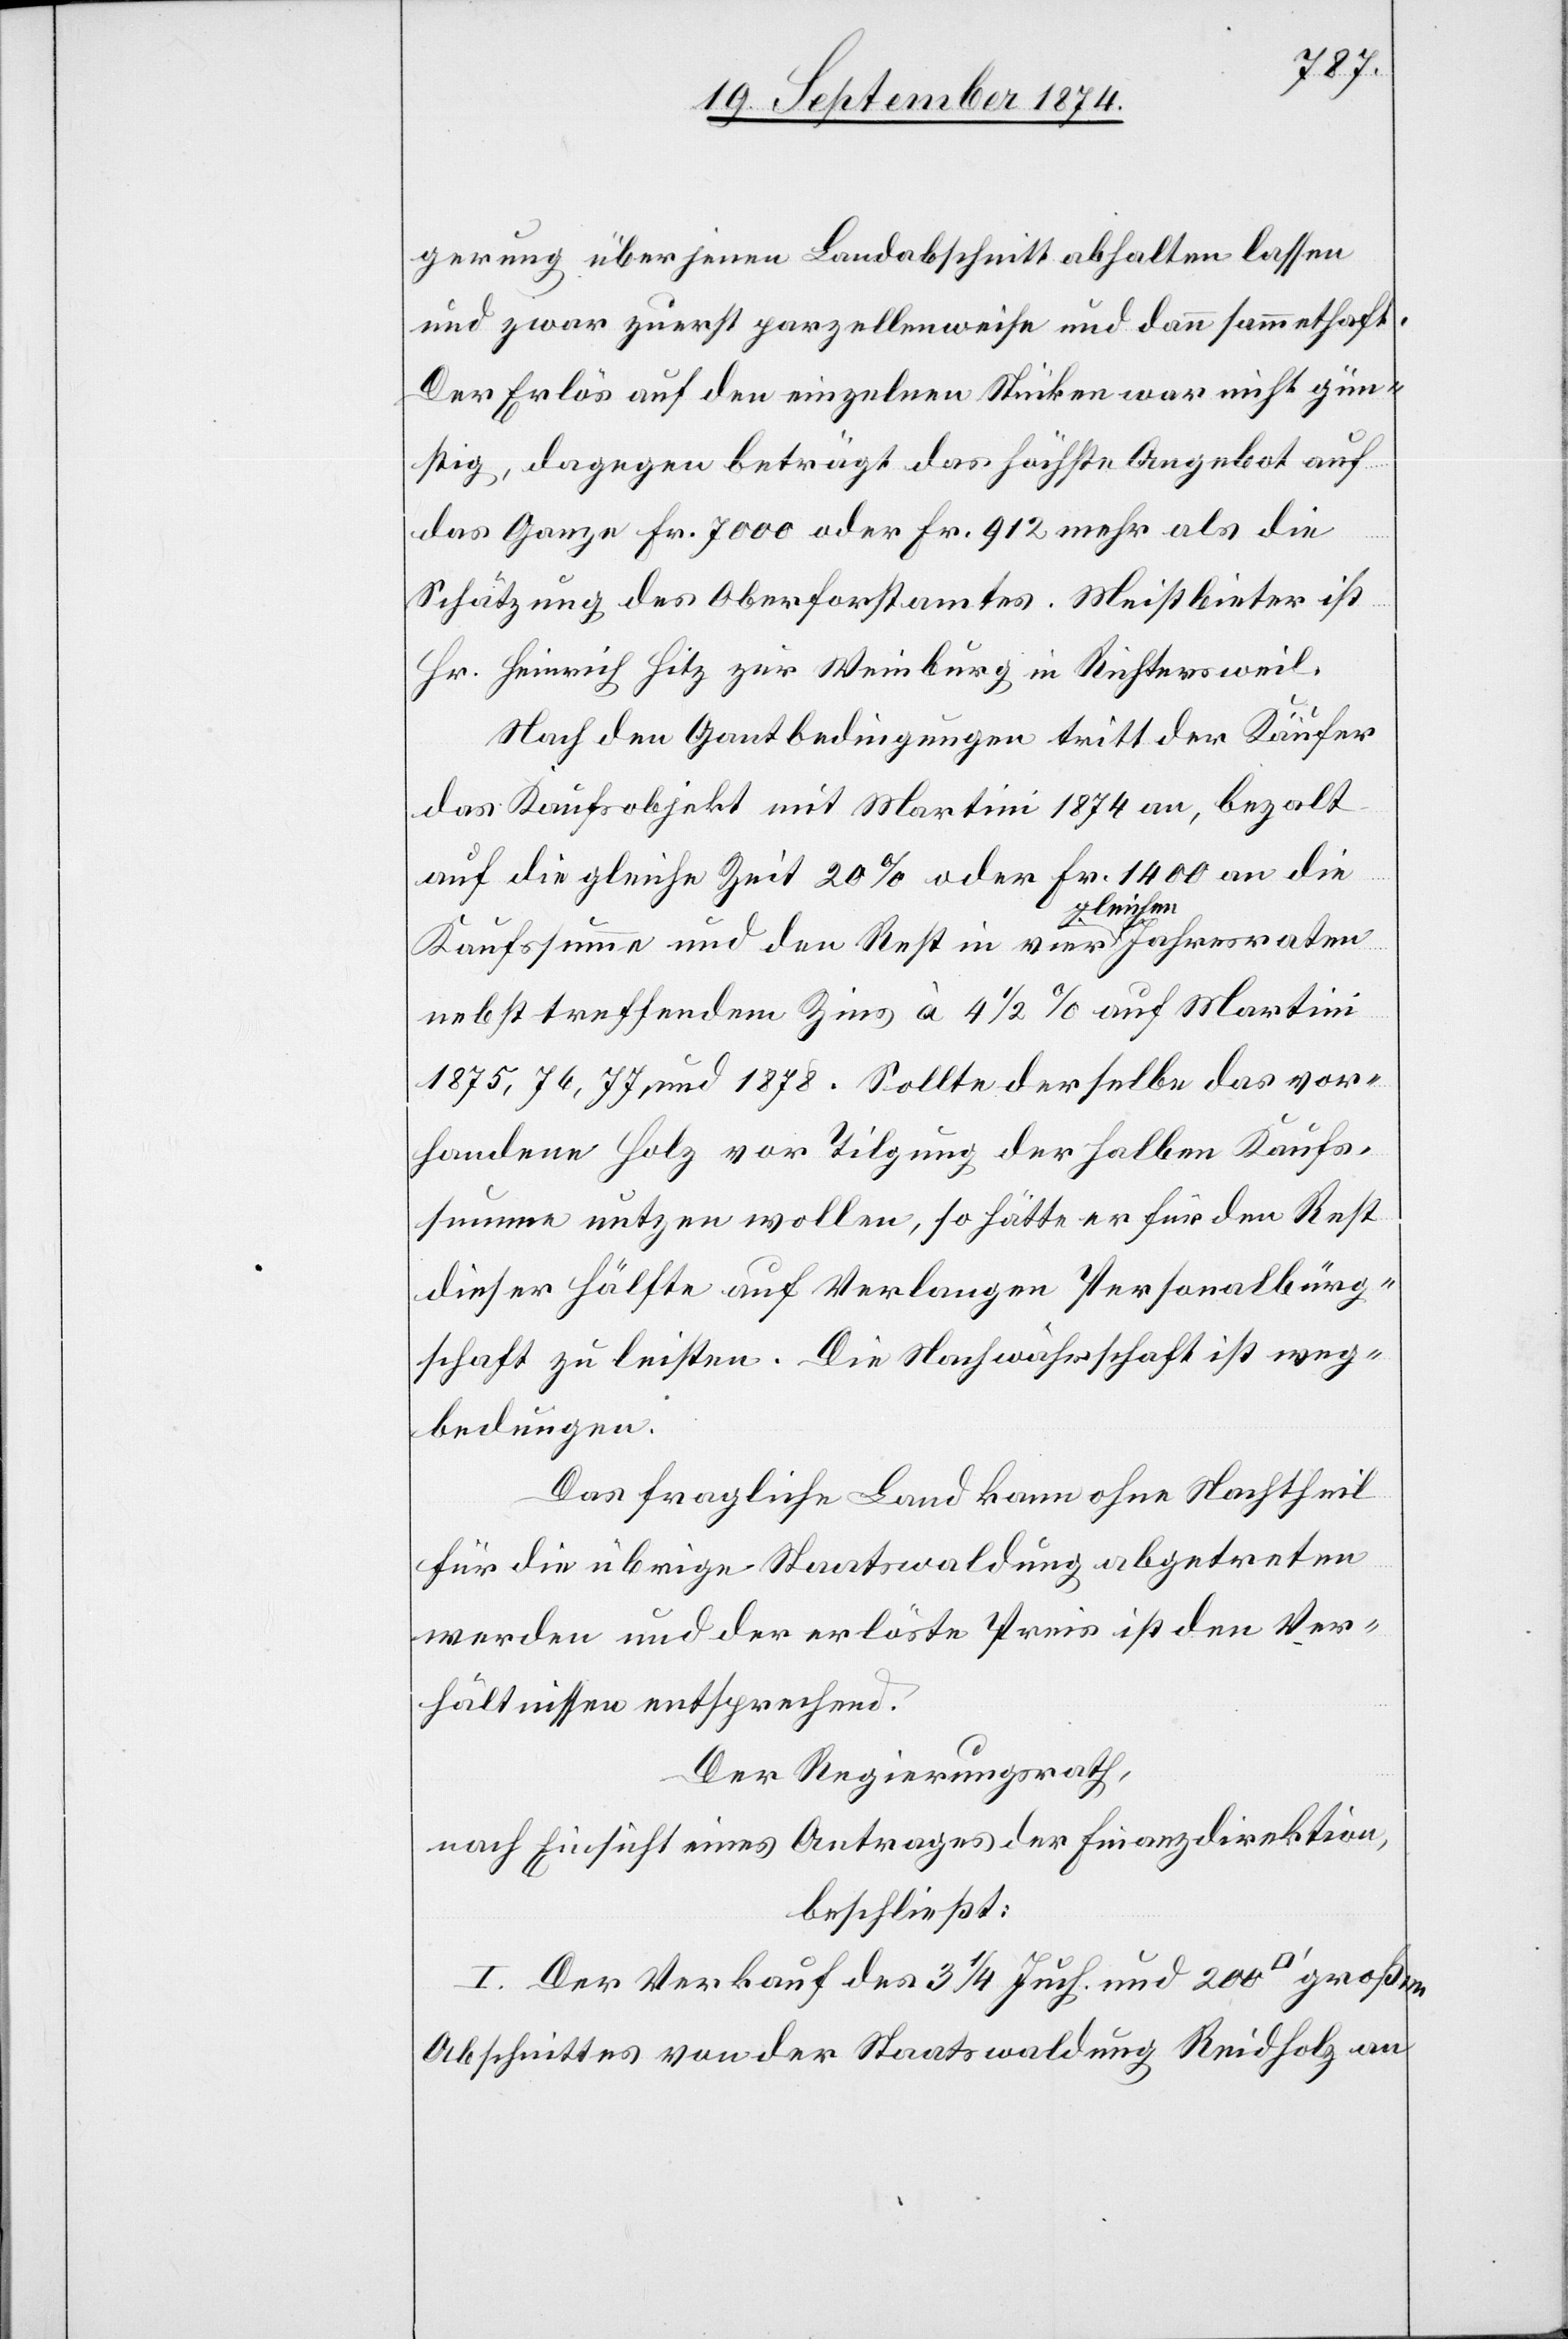
gerung über jenen Landabschnitt abhalten lassen
und zwar zuerst parzellenweise und dann sammethaft.
Der Erlös auf den einzelnen Stücken war nicht gün¬
stig, dagegen beträgt das höchste Angebot auf
das Ganze Fr. 7000 oder Fr. 912 mehr als die
Schätzung des Oberforstamtes. Meistbieter ist
Hr. Heinrich Hitz zur Weinburg in Richtersweil.
Nach den Gantbedingungen tritt der Käufer
das Kaufsobjekt mit Martini 1874 an, bezalt
auf die gleiche Zeit 20% oder Fr. 1400 an die
großen
Kaufssumme und den Rest in vier gleichen Jahresraten
nebst treffendem Zins à 4 1/2% auf Martini
1875, 76, 77 und 1878. Sollte derselbe das vor¬
handene Holz vor Tilgung der halben Kaufs¬
summe nutzen wollen, so hätte er für den Rest
dieser Hälfte auf Verlangen Personalbürg¬
schaft zu leisten. Die Nachwährschaft ist weg¬
bedungen.
Das fragliche Land kann ohne Nachtheil
für die übrige Staatswaldung abgetreten
werden und der erlöste Preis ist den Ver¬
hältnissen entsprechend.
Der Regierungsrath,
nach Einsicht eines Antrages der Finanzdirektion,
beschließt:
I. Der Verkauf des 3 1/4 Juch. und 200 [Quadratfuß]
Abschnittes von der Staatswaldung Reidholz an